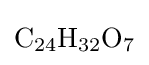
{\mathrm {C} {\vphantom {A}}_{\smash[{t}]{24}}\mathrm {H} {\vphantom {A}}_{\smash[{t}]{32}}\mathrm {O} {\vphantom {A}}_{\smash[{t}]{7}}}